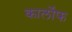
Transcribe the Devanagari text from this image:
कार्लोफ